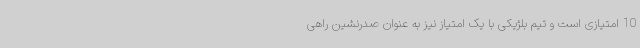
10 امتیازی است و تیم بلژیکی با یک امتیاز نیز به عنوان صدرنشین راهی